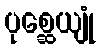
ပုစ္ဆေယျုံ